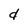
Character: d